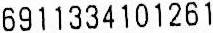
6911334101261